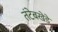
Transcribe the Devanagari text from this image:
तंटेबखेडे